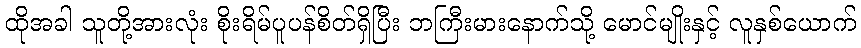
ထိုအခါ သူတို့အားလုံး စိုးရိမ်ပူပန်စိတ်ရှိပြီး ဘကြီးမားနောက်သို့ မောင်မျိုးနှင့် လူနှစ်ယောက်